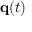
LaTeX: \mathbf { q } ( t )